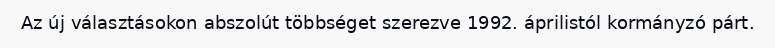
Az új választásokon abszolút többséget szerezve 1992. áprilistól kormányzó párt.